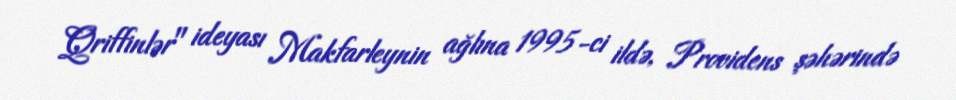
Qriffinlər" ideyası Makfarleynin ağlına 1995-ci ildə, Providens şəhərində